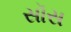
સૉસ